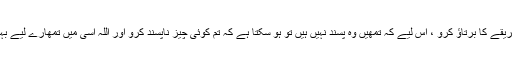
(اپنی بیویوں سے ) بھلے طریقے کا برتاؤ کرو ، اِس لیے کہ تمھیں وہ پسند نہیں ہیں تو ہو سکتا ہے کہ تم کوئی چیز ناپسند کرو اور اللہ اُسی میں تمھارے لیے بہت بڑی بہتری پیدا کر دے ۔